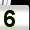
Digit: 5